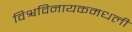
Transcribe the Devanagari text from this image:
विश्वविनायकमधली